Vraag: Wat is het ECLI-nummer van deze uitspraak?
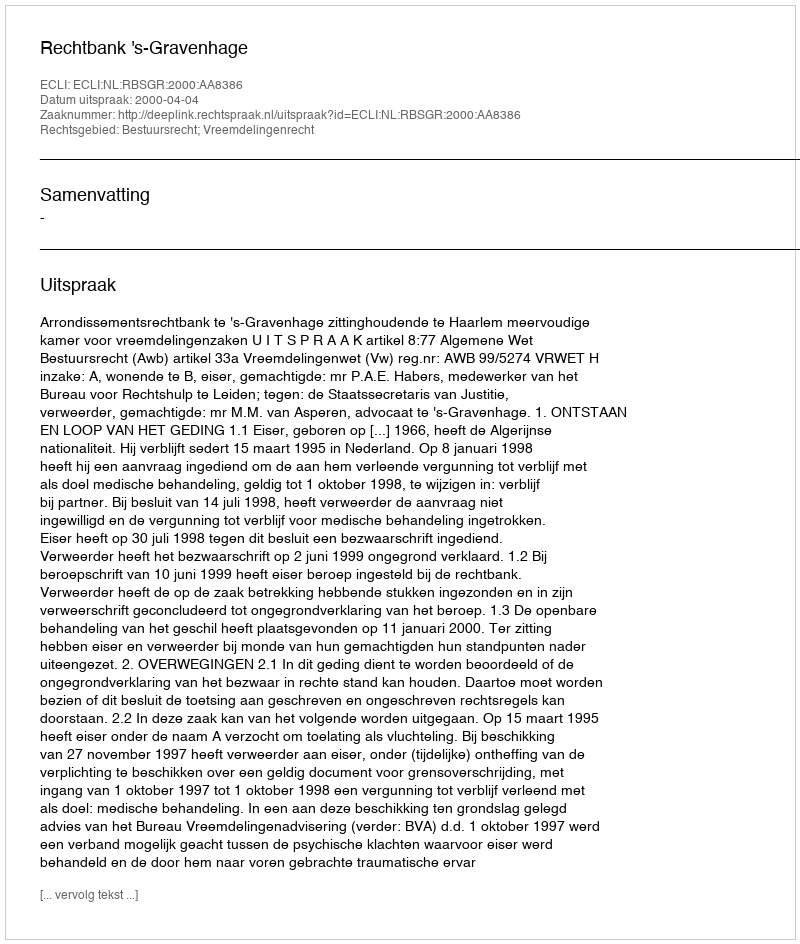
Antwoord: ECLI:NL:RBSGR:2000:AA8386